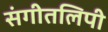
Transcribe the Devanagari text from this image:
संगीतलिपी